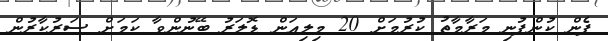
ފެން ކުންފުނި މަރާމާތު ކުރުމަށް 20 މިލިއަން ޑޮލަރު ބޭނުންވާ ކަމަށް ސަރުކާރުން